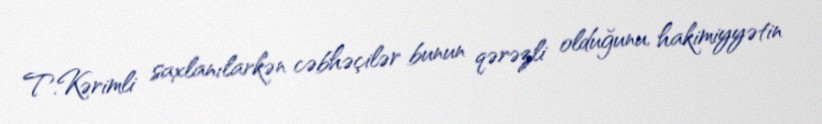
T.Kərimli saxlanılarkən cəbhəçilər bunun qərəzli olduğunu, hakimiyyətin